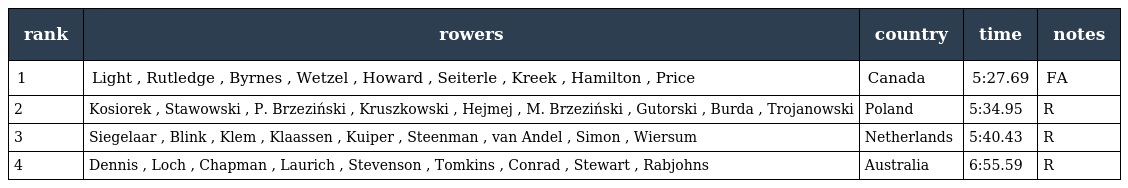
| rank | rowers | country | time | notes |
 | --- | --- | --- | --- | --- |
 | 1 | Light , Rutledge , Byrnes , Wetzel , Howard , Seiterle , Kreek , Hamilton , Price | Canada | 5:27.69 | FA |
 | 2 | Kosiorek , Stawowski , P. Brzeziński , Kruszkowski , Hejmej , M. Brzeziński , Gutorski , Burda , Trojanowski | Poland | 5:34.95 | R |
 | 3 | Siegelaar , Blink , Klem , Klaassen , Kuiper , Steenman , van Andel , Simon , Wiersum | Netherlands | 5:40.43 | R |
 | 4 | Dennis , Loch , Chapman , Laurich , Stevenson , Tomkins , Conrad , Stewart , Rabjohns | Australia | 6:55.59 | R |